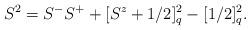
LaTeX: \begin{align*}S^2 =S^-S^+ +[S^z+1/2]_q ^2 -[1/2]_q ^2.\end{align*}